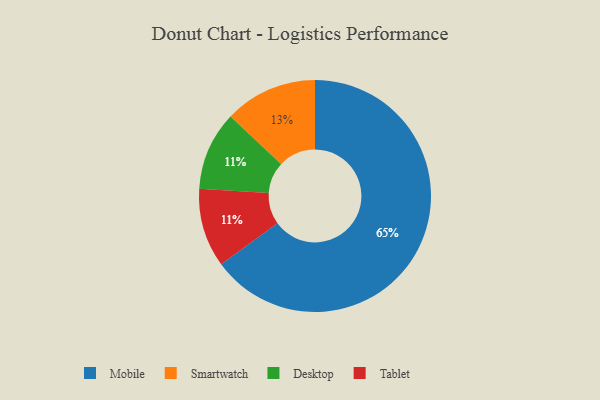
{"axis": {"x": "Category", "y": "Percentage"}, "legend": ["Desktop", "Mobile", "Smartwatch", "Tablet"], "data": [{"x": "Mobile", "y": 65, "type": "Mobile"}, {"x": "Smartwatch", "y": 13, "type": "Smartwatch"}, {"x": "Desktop", "y": 11, "type": "Desktop"}, {"x": "Tablet", "y": 11, "type": "Tablet"}]}